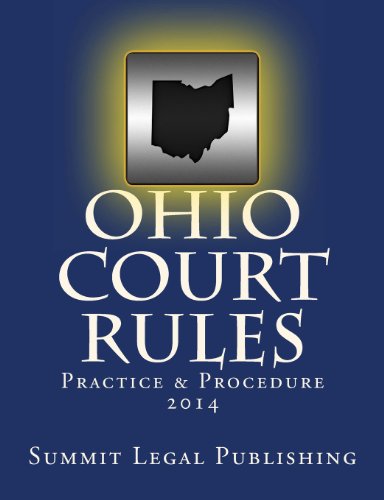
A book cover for Ohio Court Rules 2014, Practice & Procedure; Summit Legal Publishing; Law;